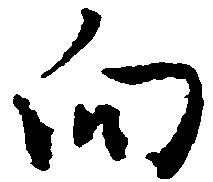
向